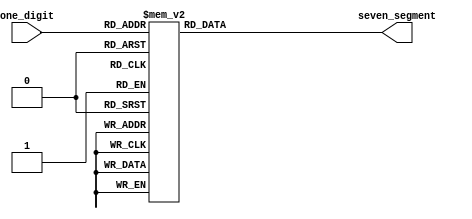



module binary_ssd(
    output reg[6:0]seven_segment,
    input [3:0]one_digit
    );
    
    always@*
    begin
         case(one_digit)
         4'b0000:seven_segment=7'b0000001;
         4'b0001:seven_segment=7'b1001111;
         4'b0010:seven_segment=7'b0010010;
         4'b0011:seven_segment=7'b0000110;
         4'b0100:seven_segment=7'b1001100;
         4'b0101:seven_segment=7'b0100100;
         4'b0110:seven_segment=7'b0100000;
         4'b0111:seven_segment=7'b0001111;
         4'b1000:seven_segment=7'b0000000;
         4'b1001:seven_segment=7'b0000100;
         4'b1010:seven_segment=7'b0001000;
         4'b1011:seven_segment=7'b1100000;
         4'b1100:seven_segment=7'b0110001;
         4'b1101:seven_segment=7'b1000010;
         4'b1110:seven_segment=7'b0110000;
         4'b1111:seven_segment=7'b0111000;
         default:seven_segment=7'b1111111;
         endcase
      end
endmodule